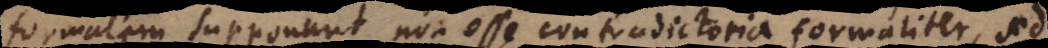
formalem supponunt non esse contradictoria formaliter, sed